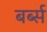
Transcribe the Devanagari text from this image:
बर्ब्स